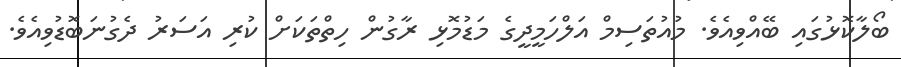
ބޯލާކޮޅުގައި ބޭއްވިއެވެ. މުއުތަސިމް އަލްހަމީދީގެ މަޑުމޮޅި ރާގުން ހިތްތަކަށް ކުރި އަސަރު ދެގުނަބޮޑުވިއެވެ.